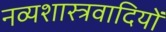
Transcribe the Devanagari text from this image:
नव्यशास्त्रवादियों